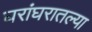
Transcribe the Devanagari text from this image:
घरांघरातल्या